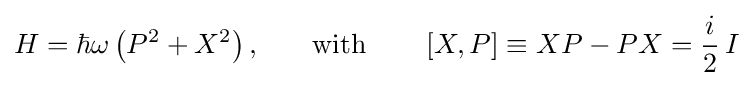
{H}=\hbar \omega \left({P}^{2}+{X}^{2}\right){\text{,}}\qquad {\text{with}}\qquad \left[{X},{P}\right]\equiv {XP}-{PX}={\frac {i}{2}}\,{I}